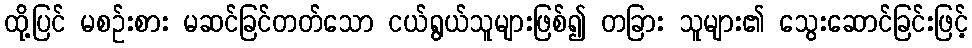
ထို့ပြင် မစဉ်းစား မဆင်ခြင်တတ်သော ငယ်ရွယ်သူများဖြစ်၍ တခြား သူများ၏ သွေးဆောင်ခြင်းဖြင့်